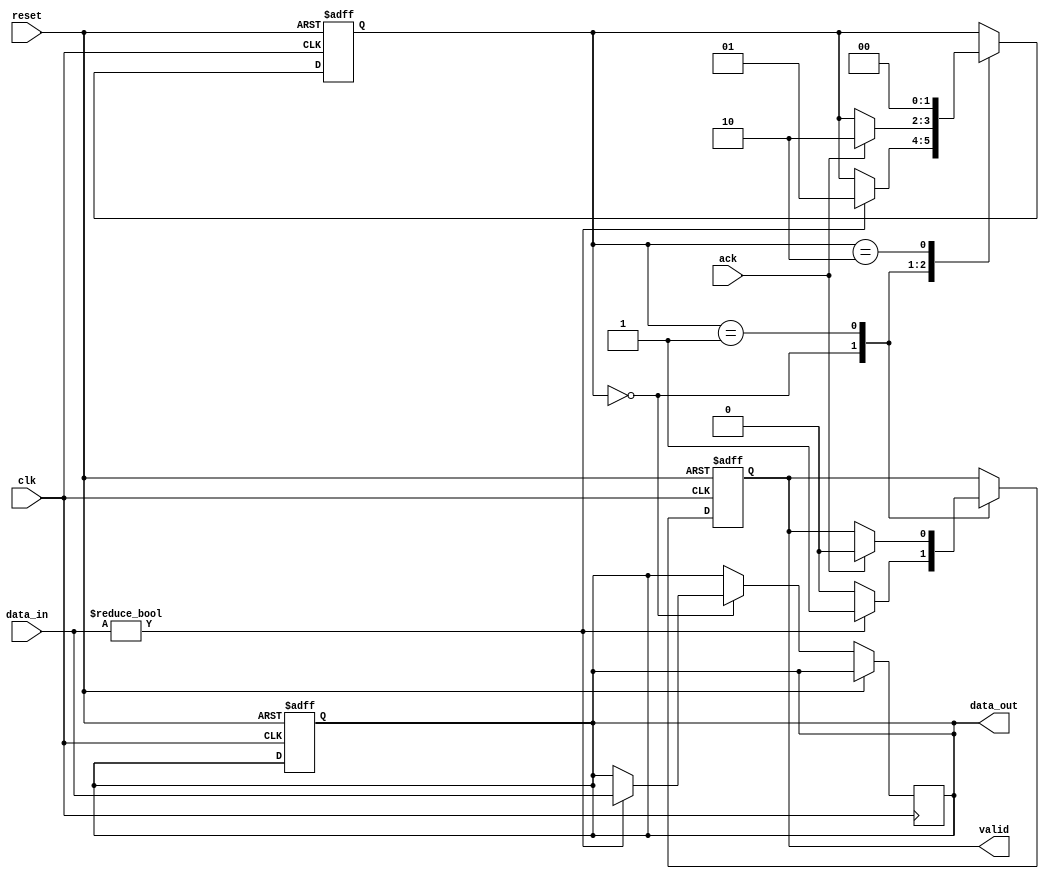
module two_phase_handshake (
    input wire clk,          // Clock signal
    input wire reset,        // Reset signal
    input wire [7:0] data_in, // Input data for the sender
    output reg [7:0] data_out, // Output data for the receiver
    output reg valid,        // Valid signal from sender
    input wire ack           // Acknowledgment signal from receiver
);

// Sender state
reg [1:0] sender_state;
localparam IDLE = 2'b00, SEND = 2'b01, WAIT_ACK = 2'b10;

// Receiver state
reg [1:0] receiver_state;
localparam RECV_IDLE = 2'b00, RECV_DATA = 2'b01;

// Sender logic
always @(posedge clk or posedge reset) begin
    if (reset) begin
        sender_state <= IDLE;
        valid <= 0;
    end else begin
        case (sender_state)
            IDLE: begin
                // Prepare to send data
                valid <= 0;
                if (data_in) begin // Assuming data_in is valid when non-zero
                    data_out <= data_in; // Load data to send
                    valid <= 1; // Assert valid
                    sender_state <= SEND; // Move to SEND state
                end
            end
            SEND: begin
                if (ack) begin // Wait for acknowledgment
                    valid <= 0; // Deassert valid
                    sender_state <= WAIT_ACK; // Move to WAIT_ACK state
                end
            end
            WAIT_ACK: begin
                // Return to IDLE state after acknowledgment
                sender_state <= IDLE;
            end
        endcase
    end
end

// Receiver logic
always @(posedge clk or posedge reset) begin
    if (reset) begin
        receiver_state <= RECV_IDLE;
        data_out <= 8'b0;
    end else begin
        case (receiver_state)
            RECV_IDLE: begin
                if (valid) begin // Check for valid data
                    data_out <= data_out; // Read data from sender
                    receiver_state <= RECV_DATA; // Move to RECV_DATA state
                end
            end
            RECV_DATA: begin
                // Acknowledge receipt of data
                if (!valid) begin // Wait for valid to be deasserted
                    receiver_state <= RECV_IDLE; // Return to RECV_IDLE state
                end
            end
        endcase
    end
end

endmodule